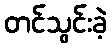
တင်သွင်းခဲ့